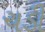
ચડી